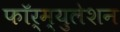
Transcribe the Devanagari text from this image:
फॉर्म्युलेशन